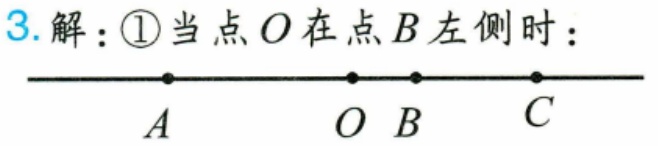
3. 解：\textcircled{1}当点 \(O\) 在点 \(B\) 左侧时：
\(\begin{tikzpicture}
\draw[thick, ->] (-3,0) -- (3,0);
\node[below] at (-2,0) {\(A\)};
\node[below] at (-0.5,0) {\(O\)};
\node[below] at (0,0) {\(B\)};
\node[below] at (1.5,0) {\(C\)};
\filldraw (-2,0) circle (1.5pt);
\filldraw (-0.5,0) circle (1.5pt);
\filldraw (0,0) circle (1.5pt);
\filldraw (1.5,0) circle (1.5pt);
\end{tikzpicture}\)